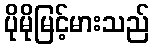
ပိုမိုမြင့်မားသည်